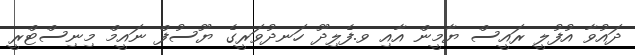
ދައުވާ އުފުލީ ރައީސް ޔާމީން އާއި ވ.ފެލިދޫ ހަނދުވަރީގެ ޔޫސުފް ނައީމް މިނިސްޓްރީ